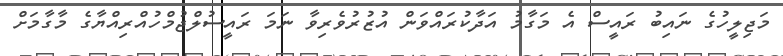
މަޖިލީހުގެ ނައިބު ރައީސް އެ މަގާމު އަދާކުރައްވަން އުޒުރުވެރިވާ ނަމަ ރައީސުލްޖުމްހުއްރިއްޔާގެ މާގާމަށް